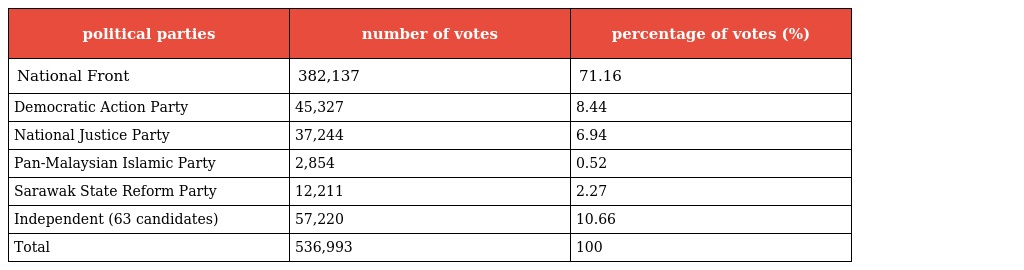
| political parties | number of votes | percentage of votes (%) |
 | --- | --- | --- |
 | National Front | 382,137 | 71.16 |
 | Democratic Action Party | 45,327 | 8.44 |
 | National Justice Party | 37,244 | 6.94 |
 | Pan-Malaysian Islamic Party | 2,854 | 0.52 |
 | Sarawak State Reform Party | 12,211 | 2.27 |
 | Independent (63 candidates) | 57,220 | 10.66 |
 | Total | 536,993 | 100 |